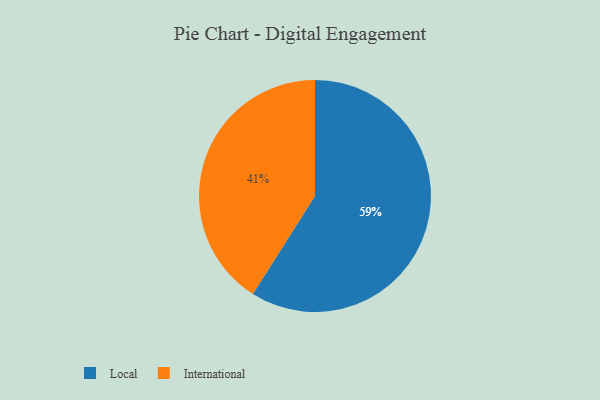
{"axis": {"x": "Category", "y": "Percentage"}, "legend": ["International", "Local"], "data": [{"x": "Local", "y": 59, "type": "Local"}, {"x": "International", "y": 41, "type": "International"}]}